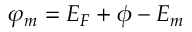
\varphi _ { m } = { \cal E } _ { F } + \phi - { \cal E } _ { m }